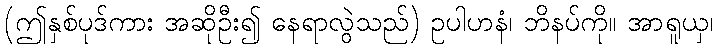
(ဤနှစ်ပုဒ်ကား အဆိုဦး၍ နေရာလွဲသည်) ဥပါဟနံ၊ ဘိနပ်ကို။ အာရူယှ၊